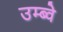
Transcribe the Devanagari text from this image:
उम्ब्वे